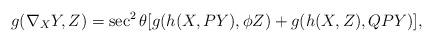
LaTeX: \begin{align*}g(\nabla_XY,Z)=\sec^2\theta[g(h(X,PY),\phi Z)+g(h(X,Z),QPY)],\end{align*}